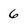
Character: 6